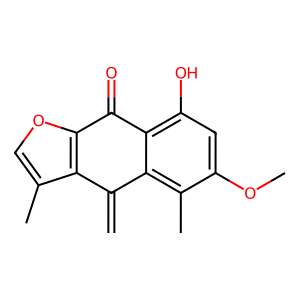
SMILES: C=C1c2c(C)coc2C(=O)c2c(O)cc(OC)c(C)c21
Inhibits HIV replication: No